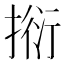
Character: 𢯼